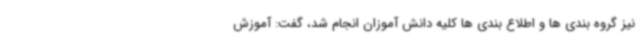
نیز گروه بندی ها و اطلاع بندی ها کلیه دانش آموزان انجام شد، گفت: آموزش